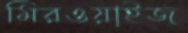
মিরওয়াইজ